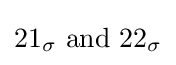
21_{\sigma }{\text{ and }}22_{\sigma }